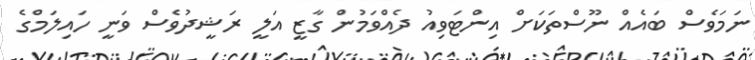
ނަމަވެސް ބައެއް ނޫސްތަކަށް އިންޓަވިއު ދެއްވަމުން ގާޒީ އަލީ ރަޝީދުވެސް ވަނީ ހައިލަމްގެ